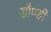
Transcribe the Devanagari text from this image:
डौण्डी